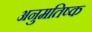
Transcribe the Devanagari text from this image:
अनुमतिष्क